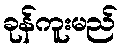
ခုန်ကူးမည်